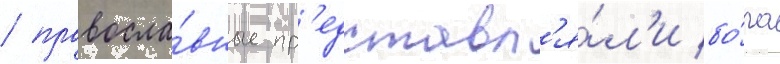
/ правосла́вные пр'едставл'я́л'и бо́га